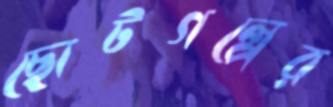
ছোটগল্পের